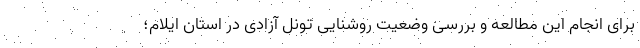
برای انجام این مطالعه و بررسی وضعیت روشنایی تونل آزادی در استان ایلام؛